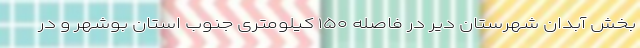
بخش آبدان شهرستان دیر در فاصله ۱۵۰ کیلومتری جنوب استان بوشهر و در